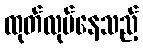
ထုတ်လုပ်နေသည့်